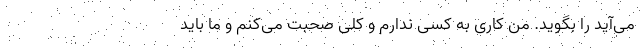
می‌آید را بگوید. من کاری به کسی ندارم و کلی صحبت می‌کنم و ما باید